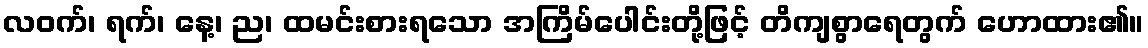
လဝက်၊ ရက်၊ နေ့၊ ည၊ ထမင်းစားရသော အကြိမ်ပေါင်းတို့ဖြင့် တိကျစွာရေတွက် ဟောထား၏။